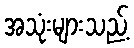
အသုံးများသည့်